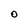
Character: O